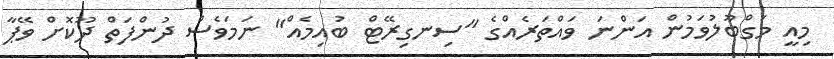
މިއީ މަގްބޫލުވަމުން އަންނަ ވައްތަރެއްގެ "ސިނގިރޭޓް ބުއިމެއް" ނަމަވެސް ދުންފަތް ދޫކޮށް ވޭޕާ